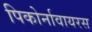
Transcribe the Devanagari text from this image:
पिकोर्नावायरस